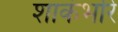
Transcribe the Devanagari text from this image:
शाकंभरि